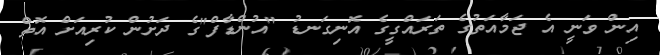
އިން ވަނީ އެ ޖަމާއަތުގެ ތަރައްގީގެ އޮނިގަނޑު "އުންޑާފް"ގެ ދަށުން ކުރިއަށް އޮތް